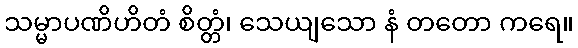
သမ္မာပဏိဟိတံ စိတ္တံ၊ သေယျသော နံ တတော ကရေ။